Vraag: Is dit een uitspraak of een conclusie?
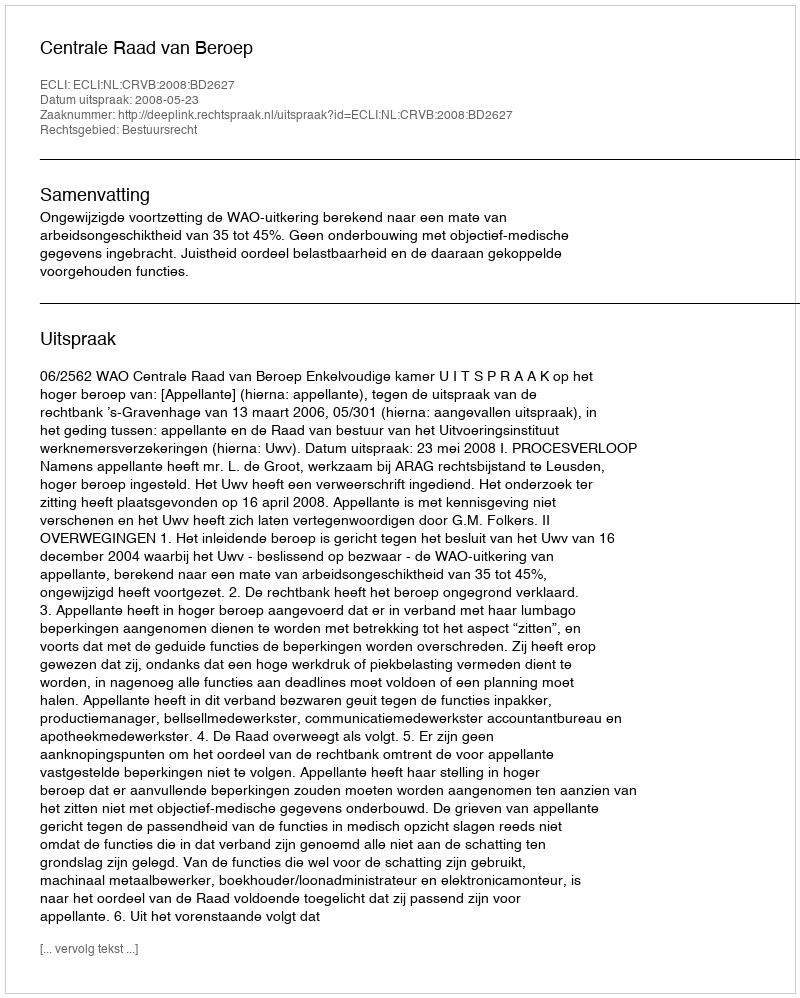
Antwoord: Uitspraak